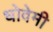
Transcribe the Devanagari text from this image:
धोवेमी